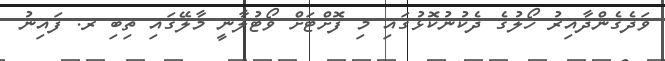
ވަދެގެންދާއިރު ހޯލުގެ ދެކުނުކޮޅުގައި މި ފޮށްޓަށް ވޯޓުލާނީ މާލޭގައި ތިބި ރ. ފައިނު